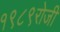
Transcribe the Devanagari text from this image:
१९८९रोजी